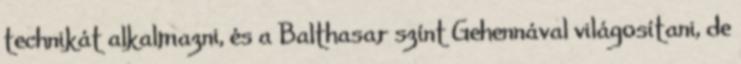
technikát alkalmazni, és a Balthasar színt Gehennával világosítani, de